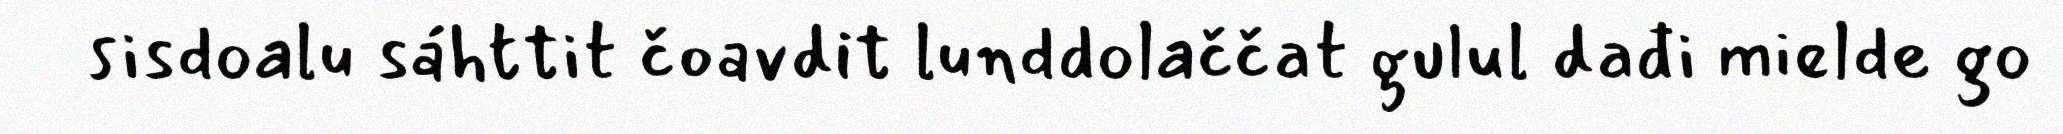
sisdoalu sáhttit čoavdit lunddolaččat gulul dađi mielde go